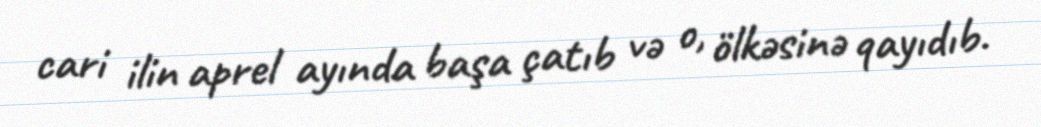
cari ilin aprel ayında başa çatıb və o, ölkəsinə qayıdıb.